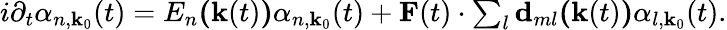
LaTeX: \begin{array}{r}{i\partial_{t}\alpha_{n,\textbf{k}_{0}}(t)=E_{n}\textbf{(}\textbf{k}(t)\textbf{)}\alpha_{n,\textbf{k}_{0}}(t)+\textbf{F}(t)\cdot\sum_{l}\textbf{d}_{ml}\textbf{(}\textbf{k}(t)\textbf{)}\alpha_{l,\textbf{k}_{0}}(t).}\end{array}